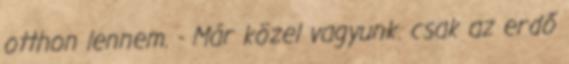
otthon lennem. - Már közel vagyunk. csak az erdő